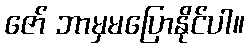
ဇော် ဘာမှမပြောနိုင်ပါ။